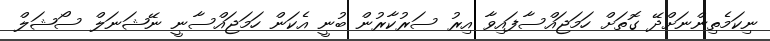
ނިކަމެތިންނަށްދޭ ގޮތަށް ހަމަޖައްސާފައިވާ އިރު ސަރުކާރުން ބުނީ އެކަން ހަމަޖައްސާނީ ނޭޝަނަލް ސޯޝަލް